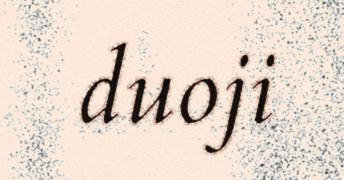
duoji